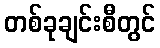
တစ်ခုချင်းစီတွင်